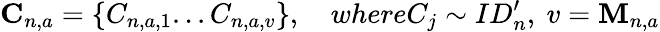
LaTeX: \textbf{C}_{n,a}=\{ C_{n,a,1}...C_{n,a,v}\} ,\quad\textit{where}C_{j}\sim ID_{n}^{\prime},\ v=\textbf{M}_{n,a}